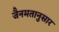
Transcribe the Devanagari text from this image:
जैनमतानुसार